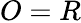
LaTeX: O=R